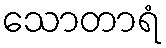
သောတာရံ